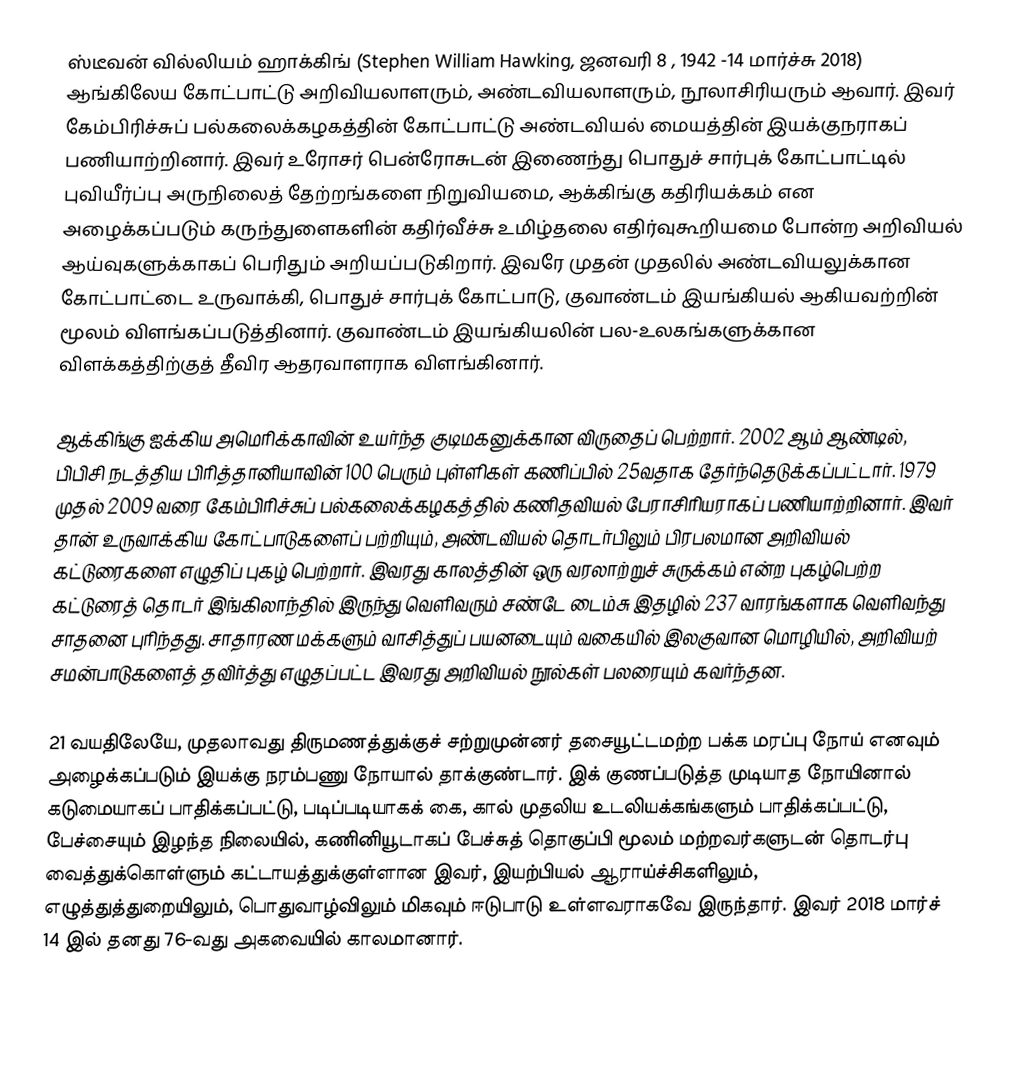
ஸ்டீவன் வில்லியம் ஹாக்கிங் (Stephen William Hawking, ஜனவரி 8 , 1942 -14 மார்ச்சு 2018) ஆங்கிலேய கோட்பாட்டு அறிவியலாளரும், அண்டவியலாளரும், நூலாசிரியரும் ஆவார். இவர் கேம்பிரிச்சுப் பல்கலைக்கழகத்தின் கோட்பாட்டு அண்டவியல் மையத்தின் இயக்குநராகப் பணியாற்றினார். இவர் உரோசர் பென்ரோசுடன் இணைந்து பொதுச் சார்புக் கோட்பாட்டில் புவியீர்ப்பு அருநிலைத் தேற்றங்களை நிறுவியமை, ஆக்கிங்கு கதிரியக்கம் என அழைக்கப்படும் கருந்துளைகளின் கதிர்வீச்சு உமிழ்தலை எதிர்வுகூறியமை போன்ற அறிவியல் ஆய்வுகளுக்காகப் பெரிதும் அறியப்படுகிறார். இவரே முதன் முதலில் அண்டவியலுக்கான கோட்பாட்டை உருவாக்கி, பொதுச் சார்புக் கோட்பாடு, குவாண்டம் இயங்கியல் ஆகியவற்றின் மூலம் விளங்கப்படுத்தினார். குவாண்டம் இயங்கியலின் பல-உலகங்களுக்கான விளக்கத்திற்குத் தீவிர ஆதரவாளராக விளங்கினார்.

ஆக்கிங்கு ஐக்கிய அமெரிக்காவின் உயர்ந்த குடிமகனுக்கான விருதைப் பெற்றார். 2002 ஆம் ஆண்டில், பிபிசி நடத்திய பிரித்தானியாவின் 100 பெரும் புள்ளிகள் கணிப்பில் 25வதாக தேர்ந்தெடுக்கப்பட்டார். 1979 முதல் 2009 வரை கேம்பிரிச்சுப் பல்கலைக்கழகத்தில் கணிதவியல் பேராசிரியராகப் பணியாற்றினார்.  இவர் தான் உருவாக்கிய கோட்பாடுகளைப் பற்றியும், அண்டவியல் தொடர்பிலும் பிரபலமான அறிவியல் கட்டுரைகளை எழுதிப் புகழ் பெற்றார். இவரது காலத்தின் ஒரு வரலாற்றுச் சுருக்கம் என்ற புகழ்பெற்ற கட்டுரைத் தொடர் இங்கிலாந்தில் இருந்து வெளிவரும் சண்டே டைம்சு இதழில் 237 வாரங்களாக வெளிவந்து சாதனை புரிந்தது. சாதாரண மக்களும் வாசித்துப் பயனடையும் வகையில் இலகுவான மொழியில், அறிவியற் சமன்பாடுகளைத் தவிர்த்து எழுதப்பட்ட இவரது அறிவியல் நூல்கள் பலரையும் கவர்ந்தன.

21 வயதிலேயே, முதலாவது திருமணத்துக்குச் சற்றுமுன்னர் தசையூட்டமற்ற பக்க மரப்பு நோய் எனவும் அழைக்கப்படும் இயக்கு நரம்பணு நோயால் தாக்குண்டார். இக் குணப்படுத்த முடியாத நோயினால் கடுமையாகப் பாதிக்கப்பட்டு, படிப்படியாகக் கை, கால் முதலிய உடலியக்கங்களும் பாதிக்கப்பட்டு, பேச்சையும் இழந்த நிலையில், கணினியூடாகப் பேச்சுத் தொகுப்பி மூலம் மற்றவர்களுடன் தொடர்பு வைத்துக்கொள்ளும் கட்டாயத்துக்குள்ளான இவர், இயற்பியல் ஆராய்ச்சிகளிலும், எழுத்துத்துறையிலும், பொதுவாழ்விலும் மிகவும் ஈடுபாடு உள்ளவராகவே இருந்தார். இவர் 2018 மார்ச் 14 இல் தனது 76-வது அகவையில் காலமானார்.